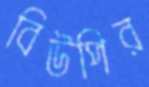
বিউপির